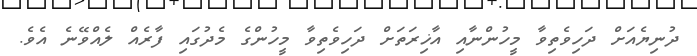
ދުނިޔެއަށް ދަހިވެތިވާ މީހުންނާއި އާޚިރަތަށް ދަހިވެތިވާ މީހުންގެ މެދުގައި ފާރެއް ލެއްވޭނެ އެވެ.